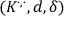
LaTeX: ( K ^ { \cdot , \cdot } , d , \delta )